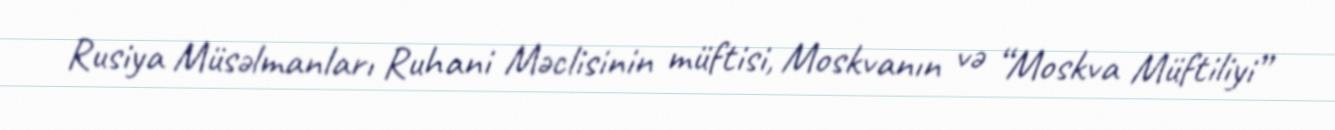
Rusiya Müsəlmanları Ruhani Məclisinin müftisi, Moskvanın və “Moskva Müftiliyi”